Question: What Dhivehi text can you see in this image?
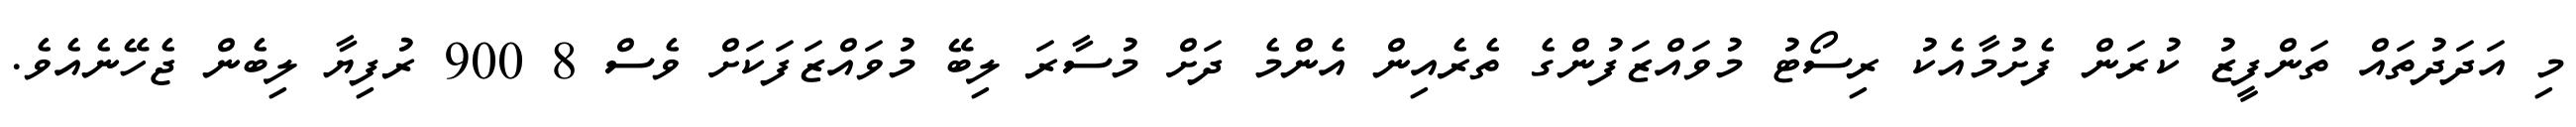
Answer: މި އަދަދުތައް ތަންފީޒު ކުރަން ފެށުމާއެކު ރިސޯޓު މުވައްޒަފުންގެ ތެރެއިން އެންމެ ދަށް މުސާރަ ލިބޭ މުވައްޒަފަކަށް ވެސް 8 900 ރުފިޔާ ލިބެން ޖެހޭނެއެވެ.